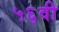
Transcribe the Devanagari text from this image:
५६वी